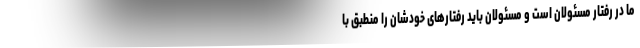
ما در رفتار مسئولان است و مسئولان باید رفتارهای خودشان را منطبق با